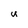
Character: U